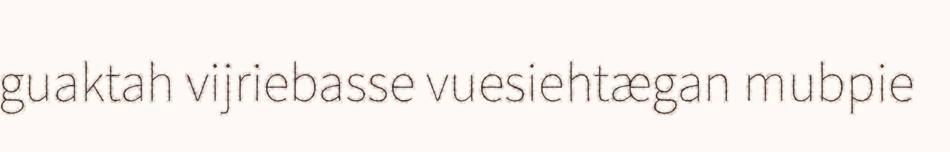
guaktah vijriebasse vuesiehtægan mubpie